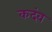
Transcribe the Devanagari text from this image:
कदंव